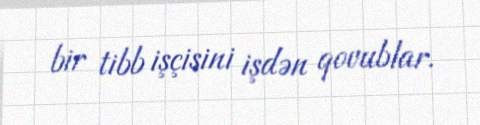
bir tibb işçisini işdən qovublar.